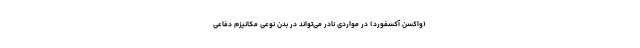
(واکسن آکسفورد) در مواردی نادر می‌تواند در بدن نوعی مکانیزم دفاعی